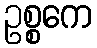
ဥစ္စကေ